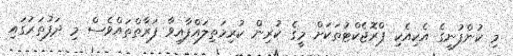
މި ކުންފުނީގެ އެކިއެކި ޕްރޮޖެކްޓުތަކަށް މީގެ ކުރިން ކުރިމަތިލައްފާއިވާ ފަރާތްތައްވެސް މި ދަފުތަރުގައި